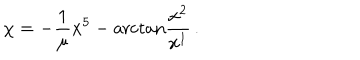
\chi = - \frac { 1 } { \mu } x ^ { 5 } - \mathrm { a r c t a n } \frac { x ^ { 2 } } { x ^ { 1 } } \, .